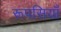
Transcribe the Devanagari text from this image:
रूपसियाँ